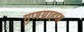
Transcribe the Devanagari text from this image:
गुणग्राहण